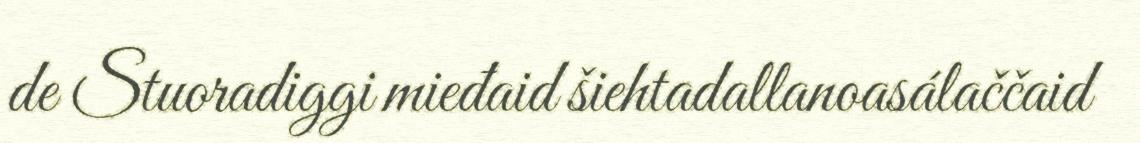
de Stuoradiggi mieđaid šiehtadallanoasálaččaid